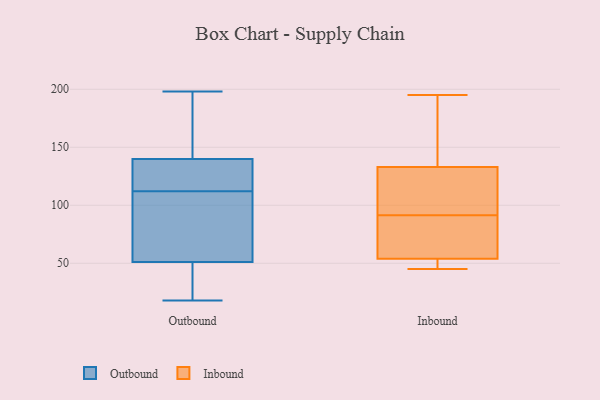
{"axis": {"x": "Humidity (%)", "y": "Value"}, "legend": ["Inbound", "Outbound"], "data": [{"x": "", "y": 198, "type": "Outbound"}, {"x": "", "y": 198, "type": "Outbound"}, {"x": "", "y": 18, "type": "Outbound"}, {"x": "", "y": 53, "type": "Outbound"}, {"x": "", "y": 93, "type": "Outbound"}, {"x": "", "y": 146, "type": "Outbound"}, {"x": "", "y": 128, "type": "Outbound"}, {"x": "", "y": 138, "type": "Outbound"}, {"x": "", "y": 117, "type": "Outbound"}, {"x": "", "y": 19, "type": "Outbound"}, {"x": "", "y": 45, "type": "Outbound"}, {"x": "", "y": 73, "type": "Outbound"}, {"x": "", "y": 112, "type": "Outbound"}, {"x": "", "y": 195, "type": "Inbound"}, {"x": "", "y": 45, "type": "Inbound"}, {"x": "", "y": 112, "type": "Inbound"}, {"x": "", "y": 78, "type": "Inbound"}, {"x": "", "y": 48, "type": "Inbound"}, {"x": "", "y": 92, "type": "Inbound"}, {"x": "", "y": 54, "type": "Inbound"}, {"x": "", "y": 147, "type": "Inbound"}, {"x": "", "y": 133, "type": "Inbound"}, {"x": "", "y": 91, "type": "Inbound"}]}